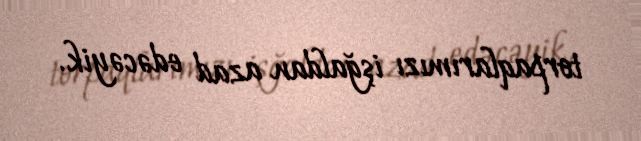
torpaqlarımızı işğaldan azad edəcəyik.